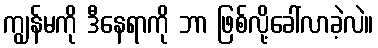
ကျွန်မကို ဒီနေရာကို ဘာ ဖြစ်လို့ခေါ်လာခဲ့လဲ။